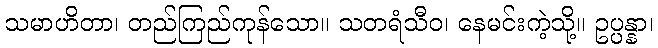
သမာဟိတာ၊ တည်ကြည်ကုန်သော။ သတရံသီဝ၊ နေမင်းကဲ့သို့။ ဥပ္ပန္နာ၊